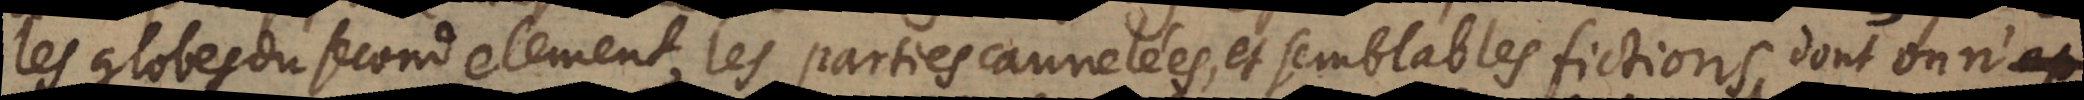
les globes du second element, les parties cannelées, et semblables fictions, dont on n’ap